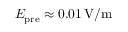
E _ { \mathrm { p r e } } \approx 0 . 0 1 \ensuremath { \, \mathrm { V / m } }